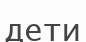
дети